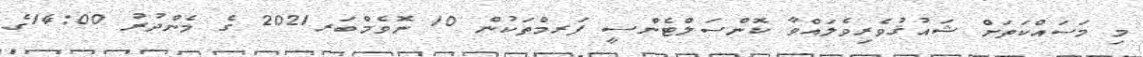
މި މަސައްކަތަށް ޝައުޤުވެރިވެލައްވާ ކޮންސަލްޓެންސީ ފަރމްތަކުން 10 ނޮވެމްބަރ2021 ގެ މެންދުރު 14:00ގެ